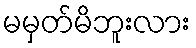
မမှတ်မိဘူးလား